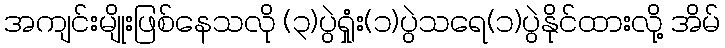
အကျင်းမျိုးဖြစ်နေသလို (၃)ပွဲရှုံး(၁)ပွဲသရေ(၁)ပွဲနိုင်ထားလို့ အိမ်